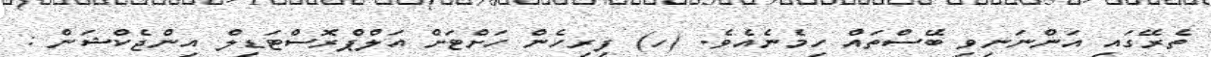
ތެރޭގައި އަންނަނިވި ބޭސްތައް ހިމެނެއެވެ. (ހ) ފިރިހެން ހަށްޓަށް އަލްޕްރޮސްޓަޑިލް އިންޖެކްޝަން :